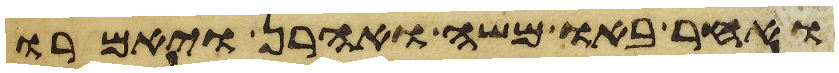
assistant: ואחר באו משה ואהרן ויאמרו